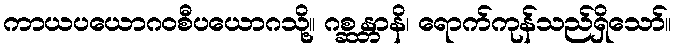
ကာယပယောဂဝစီပယောဂသို့။ ဂစ္ဆန္တာနိ၊ ရောက်ကုန်သည်ရှိသော်။